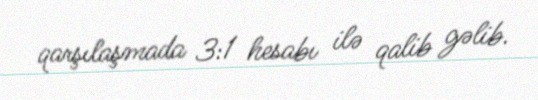
qarşılaşmada 3:1 hesabı ilə qalib gəlib.